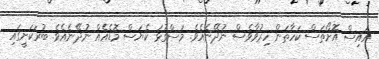
އައިސް އޮށޯތަސް ކަހާތަން ހިރުވާވެސް ނުދޭނެއެވެ. މަސްގުޅަ ކެޔަސް މޮޑެއެއް ނުދޭނެއެވެ. ބުރަކަށީގައި